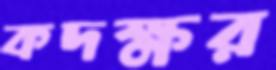
কদক্ষর